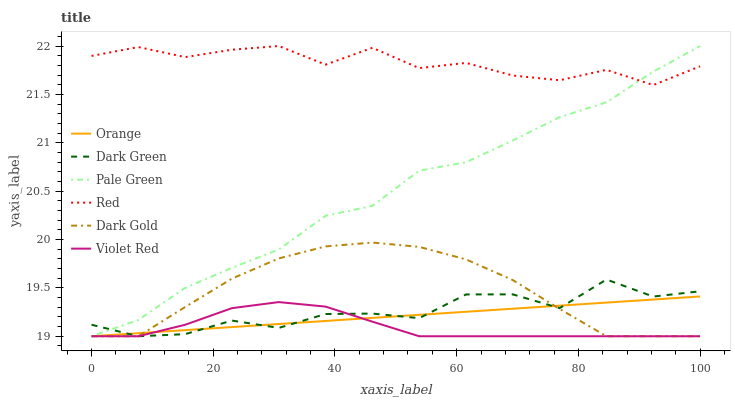
| xaxis_label | Orange | Dark Green | Pale Green | Red | Dark Gold | Violet Red |
 | --- | --- | --- | --- | --- | --- | --- |
 | 0 | 19 | 19.1 | 19 | 21.9 | 19 | 19 |
 | 7.69 | 19 | 19 | 19.2 | 22 | 19 | 19 |
 | 15.4 | 19.1 | 19 | 19.5 | 21.9 | 19.3 | 19.1 |
 | 23.1 | 19.1 | 19.2 | 19.7 | 22 | 19.6 | 19.3 |
 | 30.8 | 19.1 | 19.1 | 19.9 | 22 | 19.8 | 19.4 |
 | 38.5 | 19.2 | 19.2 | 20.2 | 21.8 | 19.9 | 19.3 |
 | 46.2 | 19.2 | 19.2 | 20.3 | 22 | 20 | 19.2 |
 | 53.8 | 19.2 | 19.2 | 20.7 | 21.8 | 19.9 | 19 |
 | 61.5 | 19.3 | 19.4 | 20.8 | 21.8 | 19.8 | 19 |
 | 69.2 | 19.3 | 19.4 | 21 | 21.7 | 19.6 | 19 |
 | 76.9 | 19.3 | 19.3 | 21.3 | 21.6 | 19.3 | 19 |
 | 84.6 | 19.3 | 19.6 | 21.4 | 21.8 | 19 | 19 |
 | 92.3 | 19.4 | 19.4 | 21.7 | 21.6 | 19 | 19 |
 | 100 | 19.4 | 19.5 | 22 | 21.8 | 19 | 19 |